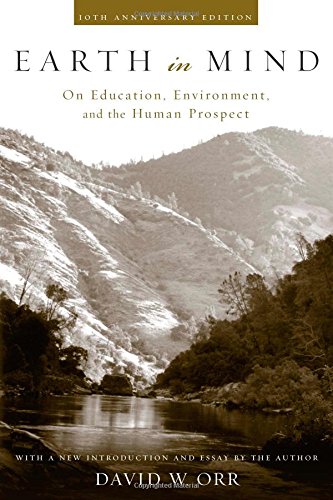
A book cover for Earth in Mind: On Education, Environment, and the Human Prospect; David W. Orr; Science & Math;